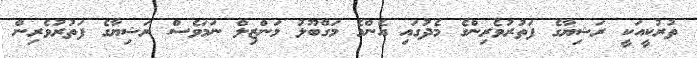
ތުރުކީއަކީ ރަޝިޔާގެ ފަތުރުވެރިންގެ މެދުގައި އެންމެ މަގްބޫލު މަންޒިލް ނަމަވެސް ރަޝިޔާގެ ފަތުރުވެރިން